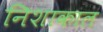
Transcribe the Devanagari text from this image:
निशाकाल